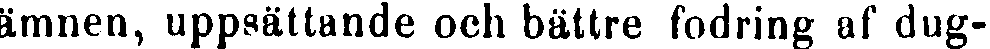
ämnen, uppsättande och bättre fodring af dug-